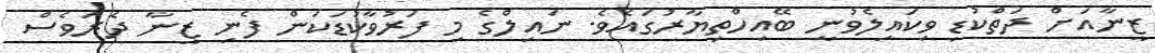
ޒީނާއަށް ދަތްކުޑި ވިކައިލެވުނީ ބޭއިހްތިޔާރުގައެވެ. ނައިލްގެ މި ފަރުވާކުޑަކަން ފެނި ޒީނާ ދެރަވެސް